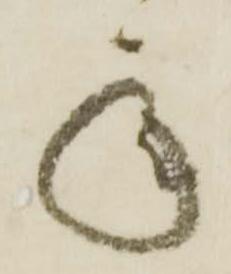
承